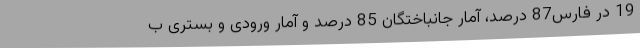
19 در فارس87 درصد، آمار جانباختگان 85 درصد و آمار ورودی و بستری ب